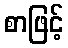
စာဖြင့်